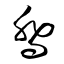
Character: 喬